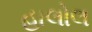
હાલોલ